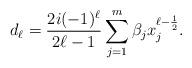
LaTeX: \begin{align*}d_{\ell} = \frac{2i(-1)^{\ell}}{2\ell-1}\sum_{j=1}^{m} \beta_{j} x_{j}^{\ell-\frac{1}{2}}.\end{align*}